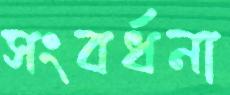
সংবর্ধনা